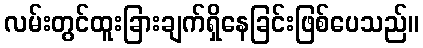
လမ်းတွင်ထူးခြားချက်ရှိနေခြင်းဖြစ်ပေသည်။